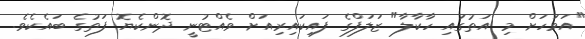
"އަވަހަށް މި އަތުގައި ހާކާލާ" ޒަލަފްގެ ފައިކައިރިއަށް ވެއްޓުނީ ދޮންކެޔޮ ފަތުގެ ބައެކެވެ.